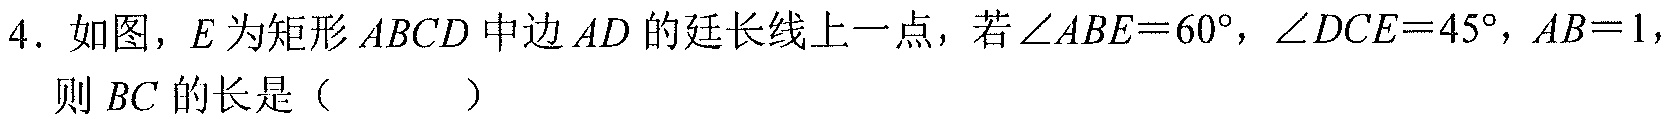
4. 如图，\(E\)为矩形\(ABCD\)中边\(AD\)的延长线上一点，若\(\angle ABE = 60^{\circ}\)，\(\angle DCE = 45^{\circ}\)，\(AB = 1\)，则\(BC\)的长是（  ）